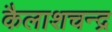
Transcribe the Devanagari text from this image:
कैलाशचन्द्र